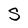
Character: S